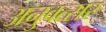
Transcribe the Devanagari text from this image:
अनुवत्सर